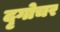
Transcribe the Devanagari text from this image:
दृगोचर